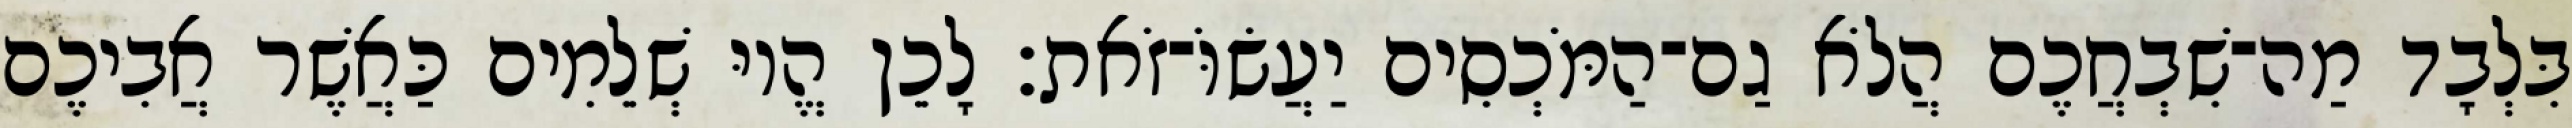
בִּלְבָד מַה־שִׁבְחֲכֶם הֲלֹא גַם־הַמֹּכְסִים יַעֲשׂוֹּ־זֹאת׃ לָכֵן הֱיוּ שְׁלֵמִים כַּאֲשֶׁר אֲבִיכֶם